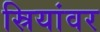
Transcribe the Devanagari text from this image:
स्रियांवर